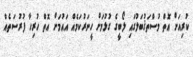
ކުރިއަށް އޮތް މުސްތަޤުބަލުގައި ލޯބީގެ ގުޅުމަށް ހީނަރުކަމެއް އައުމަށް އޮތް ހުރިހާ ފުރުސަތެއް